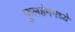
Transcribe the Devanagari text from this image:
फुलहॅममध्ये